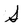
Character: S